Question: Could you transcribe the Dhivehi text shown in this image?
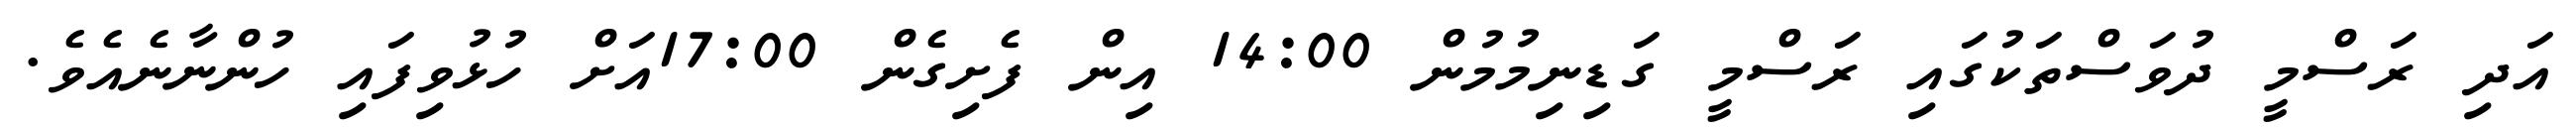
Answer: އަދި ރަސްމީ ދުވަސްތަކުގައި ރަސްމީ ގަޑިނިމުމުން 14:00 އިން ފެށިގެން 17:00އަށް ހުޅުވިފައި ހުންނާނެއެވެ.